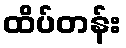
ထိပ်တန်း